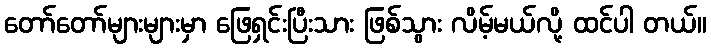
တော်တော်များများမှာ ဖြေရှင်းပြီးသား ဖြစ်သွား လိမ့်မယ်လို့ ထင်ပါ တယ်။